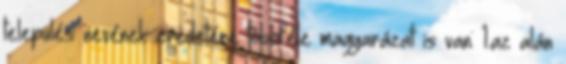
település nevének eredetére többféle magyarázat is van: 1.az alán